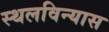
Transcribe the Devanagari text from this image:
स्थलविन्यास